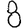
Digit: 8